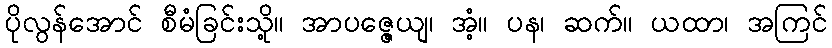
ပိုလွန်အောင် စီမံခြင်းသို့။ အာပဇ္ဇေယျ၊ အံ့။ ပန၊ ဆက်။ ယထာ၊ အကြင်